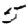
Digit: 5